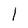
Character: 1